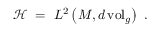
{ \mathcal H } \ = \ L ^ { 2 } \left( M , d \, \mathrm { v o l } _ { g } \right) \ .